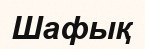
Шафық